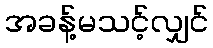
အခန့်မသင့်လျှင်